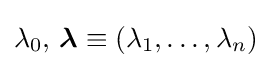
\lambda _{0},\,{\boldsymbol {\lambda }}\equiv (\lambda _{1},\ldots ,\lambda _{n})